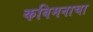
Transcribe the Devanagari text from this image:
कविमनाचा